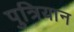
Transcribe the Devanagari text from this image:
पुत्रियान